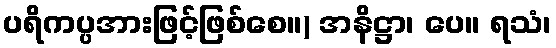
ပရိကပ္ပအားဖြင့်ဖြစ်စေ။) အနိဋ္ဌာ၊ ပေ။ ရသံ၊